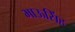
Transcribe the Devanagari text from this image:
भाऊसिंह